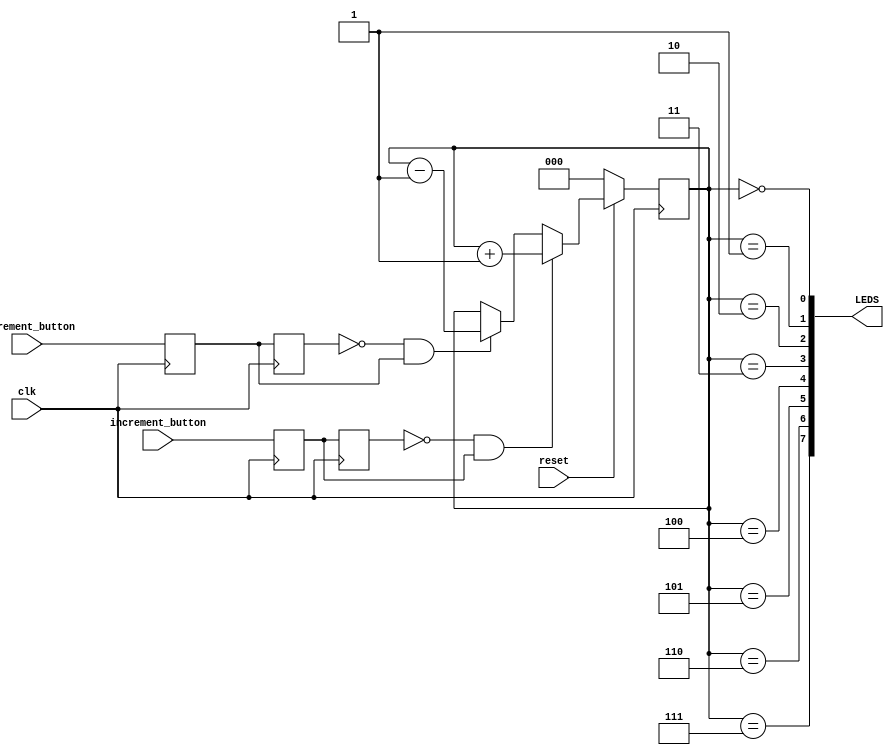
module task2 (
    input clk,
    input reset, // KEY0
    input increment_button, // KEY 1
    input decrement_button, // KEY 2
    output [7:0] LEDS
);

reg [2:0] counter;

reg but_r_inc;
reg but_rr_inc;
reg but_r_dec;
reg but_rr_dec;

assign push_inc = (~but_rr_inc)&(but_r_inc); // push increment button
assign push_dec = (~but_rr_dec)&(but_r_dec); // push decrement button

always @(posedge clk) begin
    but_r_inc <= increment_button;
    but_rr_inc <= but_r_inc;
	 
	 but_r_dec <= decrement_button;
    but_rr_dec <= but_r_dec;

    if (~reset) begin
        counter <= 0;
    end
	 else if (push_inc) begin
		counter <= counter + 1;
    end
	 else if (push_dec) begin
        counter <= counter - 1;
    end
end
// code was edited for additional assignment
/*
assign LEDS =  (counter == 0) ? 8'b00000000 :
               (counter == 1) ? 8'b00000001 :
               (counter == 2) ? 8'b00000011 :
               (counter == 3) ? 8'b00000111 :
               (counter == 4) ? 8'b00001111 :
               (counter == 5) ? 8'b00011111 :
               (counter == 6) ? 8'b00111111 :
               (counter == 7) ? 8'b01111111 : 8'b11111111 ;
*/    
/*           
assign LEDS =  (counter == 0) ? 8'b00000000 :
               (counter == 1) ? 8'b00000001 :
               (counter == 2) ? 8'b00000010 :
               (counter == 3) ? 8'b00000100 :
               (counter == 4) ? 8'b00001000 :
               (counter == 5) ? 8'b00010000 :
               (counter == 6) ? 8'b00100000 :
               (counter == 7) ? 8'b01000000 : 8'b10000000 ;
*/

genvar Gi;
generate for (Gi = 0; Gi < 8; Gi = Gi + 1) begin: loop
    assign LEDS[Gi] = (counter == Gi);
end
endgenerate

endmodule